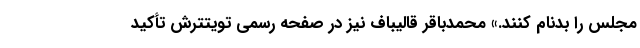
مجلس را بدنام کنند.» محمدباقر قالیباف نیز در صفحه رسمی تویتترش تأکید